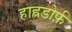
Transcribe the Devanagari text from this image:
हाह्नडोर्फ़